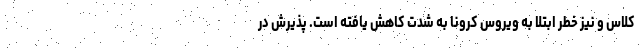
کلاس و نیز خطر ابتلا به ویروس کرونا به شدت کاهش یافته است. پذیرش در